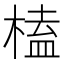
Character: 榼